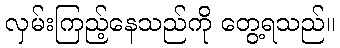
လှမ်းကြည့်နေသည်ကို တွေ့ရသည်။